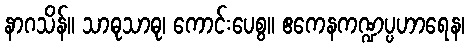
နာဂသိန်။ သာဓုသာဓု၊ ကောင်းပေစွ။ ဧကေနကဏ္ဍပ္ပဟာရေန၊